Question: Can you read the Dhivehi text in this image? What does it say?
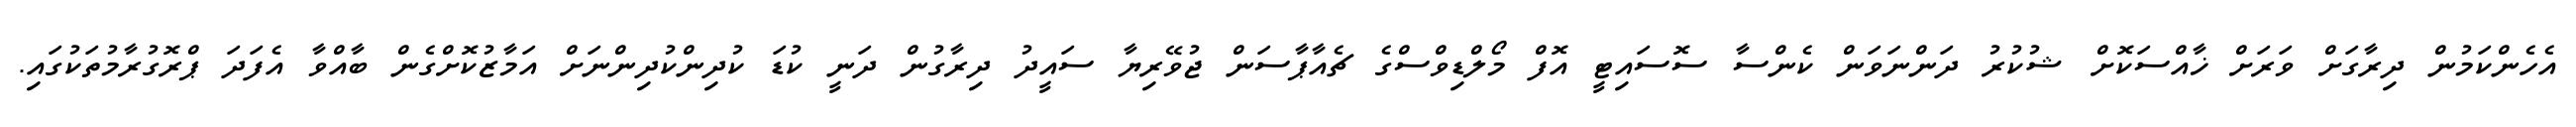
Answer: އެހެންކަމުން ދިރާގަށް ވަރަށް ޚާއްސަކޮށް ޝުކުރު ދަންނަވަން ކެންސާ ސޮސައިޓީ އޮފް މޯލްޑިވްސްގެ ޗެއާޕާސަން ޖުވޭރިޔާ ސައީދު ދިރާގުން ދަނީ ކުޑަ ކުދިންކުދިންނަށް އަމާޒުކޮށްގެން ބާއްވާ އެފަދަ ޕްރޮގުރާމުތަކުގައި.